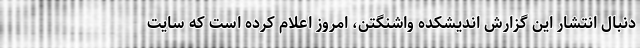
دنبال انتشار این گزارش اندیشکده واشنگتن، امروز اعلام کرده است که سایت